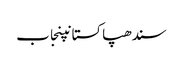
سندھپاکستانپنجاب